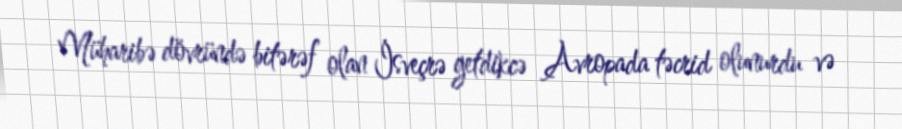
Müharibə dövründə bitərəf olan İsveçrə getdikcə Avropada təcrid olunurdu və